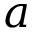
a